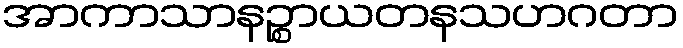
အာကာသာနဉ္စာယတနသဟဂတာ